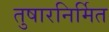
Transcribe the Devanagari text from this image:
तुषारनिर्मित